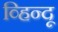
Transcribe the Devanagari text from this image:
व्हिन्दू